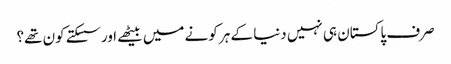
صرف پاکستان ہی نہیں دنیا کے ہر کونے میں بیٹھے اور سسکتے کون تھے؟